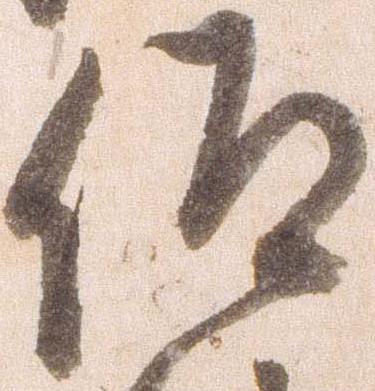
仰